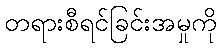
တရားစီရင်ခြင်းအမှုကို